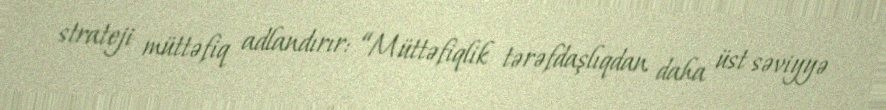
strateji müttəfiq adlandırır: “Müttəfiqlik tərəfdaşlıqdan daha üst səviyyə